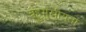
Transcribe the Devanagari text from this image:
बहुमुखीयता